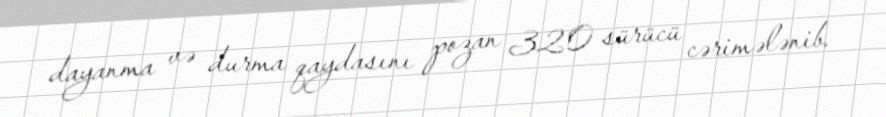
dayanma və durma qaydasını pozan 320 sürücü cərimələnib.